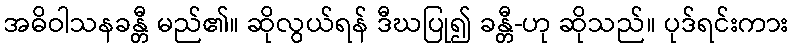
အဓိဝါသနခန္တီ မည်၏။ ဆိုလွယ်ရန် ဒီဃပြု၍ ခန္တီ-ဟု ဆိုသည်။ ပုဒ်ရင်းကား